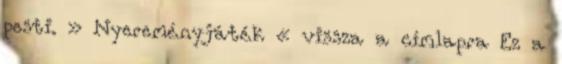
pesti. » Nyereményjáték « vissza a címlapra Ez a